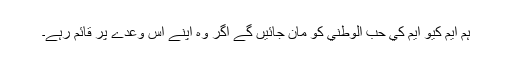
ہم ايم کيو ايم کي حب الوطني کو مان جائیں گے اگر وہ اپنے اس وعدے پر قائم رہے۔